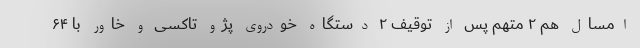
امسال هم ۲ متهم پس از توقیف ۲ دستگاه خودروی پژو تاکسی و خاور با ۶۴